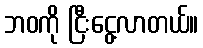
ဘဝကို ငြီးငွေ့လာတယ်။